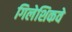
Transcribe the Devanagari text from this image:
गिलेशिकवे